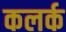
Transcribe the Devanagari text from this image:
कलर्क